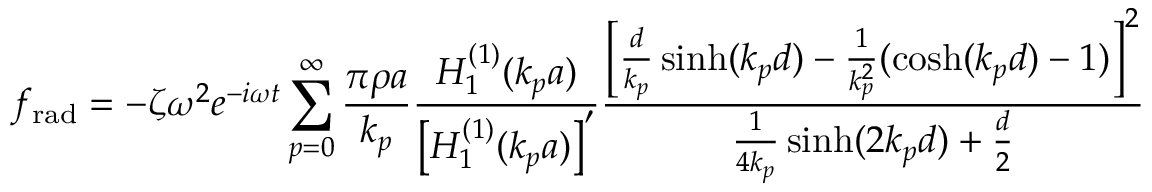
f _ { \mathrm { r a d } } = - \zeta \omega ^ { 2 } e ^ { - i \omega t } \sum _ { p = 0 } ^ { \infty } \frac { \pi \rho a } { k _ { p } } \frac { H _ { 1 } ^ { ( 1 ) } ( k _ { p } a ) } { \left[ H _ { 1 } ^ { ( 1 ) } ( k _ { p } a ) \right] ^ { \prime } } \frac { \left[ \frac { d } { k _ { p } } \sinh ( k _ { p } d ) - \frac { 1 } { k _ { p } ^ { 2 } } ( \cosh ( k _ { p } d ) - 1 ) \right] ^ { 2 } } { \frac { 1 } { 4 k _ { p } } \sinh ( 2 k _ { p } d ) + \frac { d } { 2 } }